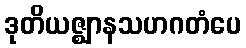
ဒုတိယဇ္ဈာနသဟဂတံပေ